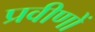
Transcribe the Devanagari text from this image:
प्रवीणों